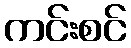
ကင်းစင်